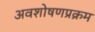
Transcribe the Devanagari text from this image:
अवशोषणप्रक्रम